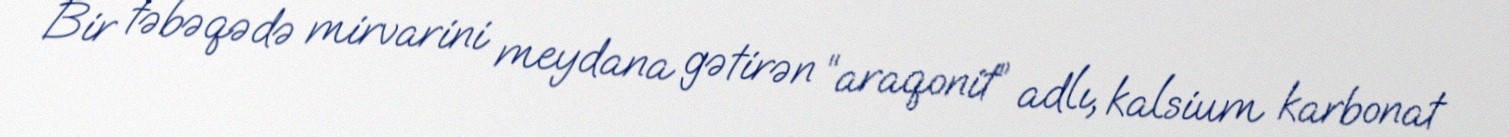
Bir təbəqədə mirvarini meydana gətirən “araqonit” adlı, kalsium karbonat